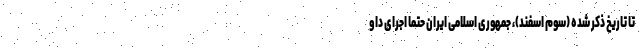
تا تاریخ ذکر شده (سوم اسفند)، جمهوری اسلامی ایران حتماً اجرای داو